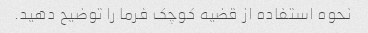
نحوه استفاده از قضیه کوچک فرما را توضیح دهید.